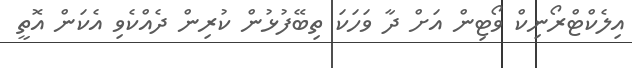
އިލެކްޓްރޯނިކް ވޯޓިން އަށް ދާ ވަހަކަ ތިބޭފުޅުން ކުރިން ދެއްކެވި އެކަން އޮތީ